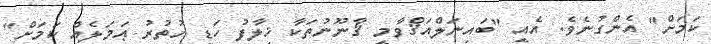
ކަމަށް" އެންގުނެވެ. އެއީ "ބައިނަލްއަޤްވާމީ ޤާނޫނުތަކާ ޚިލާފު ހަޑި ހުތުރު ޢަމަލެއް ކަމަށް"